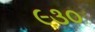
૯૩૦